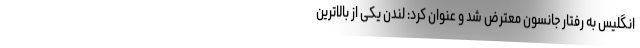
انگلیس به رفتار جانسون معترض شد و عنوان کرد: لندن یکی از بالاترین